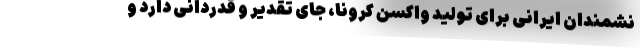
نشمندان ایرانی برای تولید واکسن کرونا، جای تقدیر و قدردانی دارد و